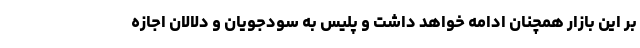
بر این بازار همچنان ادامه خواهد داشت و پلیس به سودجویان و دلالان اجازه